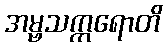
အမ္ဗသက္ကရောတိ